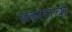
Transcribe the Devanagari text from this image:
सहाराची